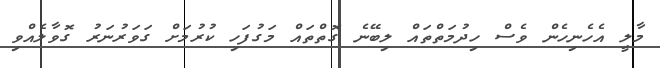
މާލީ އެހެނިހެން ވެސް ހިދުމަތްތައް ލިބޭނެ ގޮތްތައް މަގުފަހި ކުރުމަށް ގަވަރުނަރު ގޮވާލެއްވި